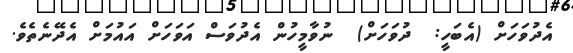
އެދުވަހަށް (އެބަހީ:  ދުވަހަށް)  ނުވާމީހުން އެދުވަސް އަވަހަށް އައުމަށް އެދޭނެތެވެ.